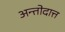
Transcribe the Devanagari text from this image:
अन्तोदात्त